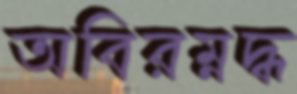
অবিরম্নদ্ধ